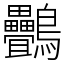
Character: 䴑